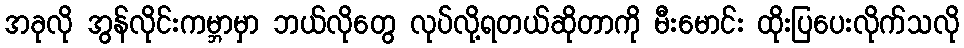
အခုလို အွန်လိုင်းကမ္ဘာမှာ ဘယ်လိုတွေ လုပ်လို့ရတယ်ဆိုတာကို မီးမောင်း ထိုးပြပေးလိုက်သလို